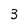
Character: 3